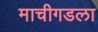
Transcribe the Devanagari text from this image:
माचीगडला